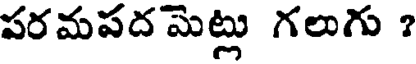
పరమపద మెట్లు గలుగు ?